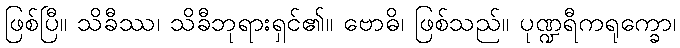
ဖြစ်ပြီ။ သိခီဿ၊ သိခီဘုရားရှင်၏။ ဗောဓိ၊ ဖြစ်သည်။ ပုဏ္ဍရီကရုက္ခော၊